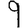
Digit: 9